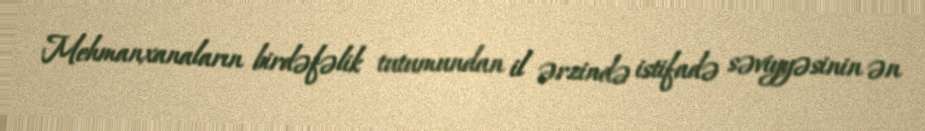
Mehmanxanaların birdəfəlik tutumundan il ərzində istifadə səviyyəsinin ən